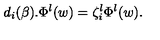
d _ { i } ( \beta ) . \Phi ^ { \l } ( w ) = \zeta _ { i } ^ { \l } \Phi ^ { \l } ( w ) .